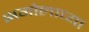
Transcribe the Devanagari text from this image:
भगोलाच्या